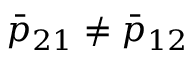
\bar { p } _ { 2 1 } \neq \bar { p } _ { 1 2 }